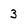
Character: 3